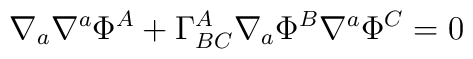
\nabla _{a}\nabla ^{a}\Phi ^{A}+\Gamma _{BC}^{A}\nabla _{a}\Phi ^{B}\nabla^{a}\Phi ^{C}=0